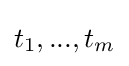
t_{1},...,t_{m}